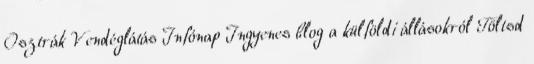
Osztrák Vendéglátás Infónap Ingyenes blog a külföldi állásokról Töltsd